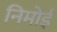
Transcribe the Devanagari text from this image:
निमोई